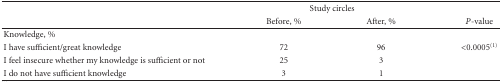
<table><thead><tr><td><b> </b></td><td colspan="2"><b>Study circles</b></td><td><b> </b></td></tr><tr><td><b> </b></td><td><b>Before, %</b></td><td><b>After, %</b></td><td><b><i>P</i>-value</b></td></tr></thead><tbody><tr><td>Knowledge, %</td><td> </td><td> </td><td> </td></tr><tr><td>I have sufficient/great knowledge</td><td>72</td><td>96</td><td>&lt;0.0005<sup>(1)</sup></td></tr><tr><td>I feel insecure whether my knowledge is sufficient or not </td><td>25</td><td>3</td><td> </td></tr><tr><td>I do not have sufficient knowledge</td><td>3</td><td>1</td><td> </td></tr></tbody></table>